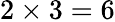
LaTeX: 2\times 3=6